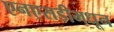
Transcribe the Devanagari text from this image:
एनएसडीमधून